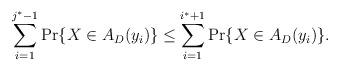
LaTeX: \begin{align*}\sum^{j^{*}-1}_{i=1} \Pr \{ X \in A_{D} (y_i) \} \allowbreak \leq \sum^{i^{*}+1}_{i=1} \Pr \{ X \in A_{D} (y_i) \}.\end{align*}